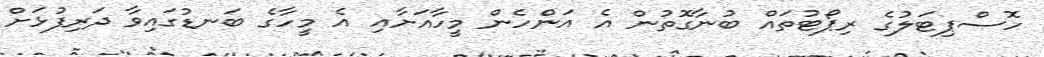
ހޮސްޕިޓަލުގެ ރިޕޯޓުތައް ބުނާގޮތުން އެ އަންހެން މީހާއަށާއި އެ މީހާގެ ބަނޑުގައިވާ ދަރިފުޅަށް